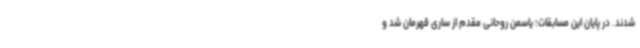
شدند. در پایان این مسابقات؛ یاسمن روحانی مقدم از ساری قهرمان شد و